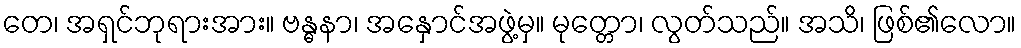
တေ၊ အရှင်ဘုရားအား။ ဗန္ဓနာ၊ အနှောင်အဖွဲ့မှ။ မုတ္တော၊ လွတ်သည်။ အသိ၊ ဖြစ်၏လော။